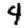
Digit: 4